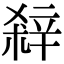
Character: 𨐖